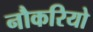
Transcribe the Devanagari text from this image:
नौकरियो